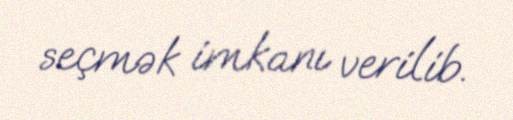
seçmək imkanı verilib.